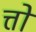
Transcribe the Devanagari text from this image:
त्तो